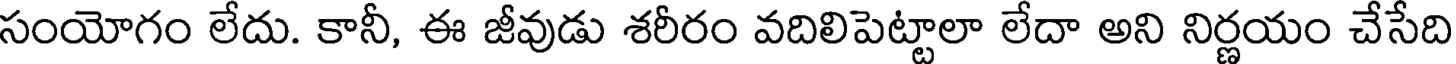
సంయోగం లేదు. కానీ, ఈ జీవుడు శరీరం వదిలిపెట్టాలా లేదా అని నిర్ణయం చేసేది